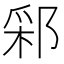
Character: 䣋